Indian journal of veterinary science and animal husbandry - Volume 4,
Year: 1934
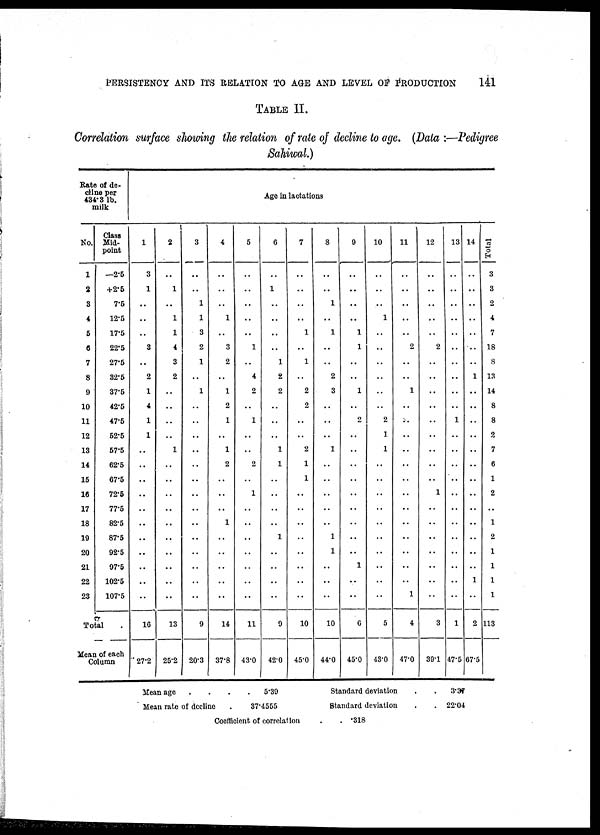
PERSISTENCY AND ITS RELATION TO AGE AND LEVEL OF PRODUCTION
141
TABLE II.
Correlation surface showing the relation of rate of decline to age. (Data :—Pedigree
Sahiwal.)
Rate of de-
cline per
434.3 lb.
milk
No.
1
2
3
4
5
6
7
8
9
10
11
12
13
14
15
16
17
18
19
20
21
22
23
Class
Mid-
point
—2.5
+2.5
7.5
12.5
17.5
22.5
27.5
32.5
37.5
42.5
47.5
52.5
57.5
62.5
67.5
72.5
77.5
82.5
87.5
92.5
97.5
102.5
107.5
Total .
Mean of each
Column
1
3
1
..
..
..
3
..
2
1
4
1
1
..
..
..
..
..
..
..
..
..
..
..
16
27.2
2
..
1
..
1
1
4
3
2
..
..
..
..
1
..
..
..
..
..
..
..
..
..
..
13
25.2
3
..
..
1
1
3
2
1
..
1
..
..
..
..
..
..
..
..
..
..
..
..
..
..
9
20.3
4
..
..
..
1
..
3
2
..
1
2
1
..
1
2
..
..
..
1
..
..
..
..
..
14
37.8
Age in lactations
5
..
..
..
..
..
1
..
4
2
..
1
..
..
2
..
1
..
..
..
..
..
..
..
11
43.0
6
..
1
..
..
..
..
1
2
2
..
..
..
1
1
..
..
..
..
1
..
..
..
..
9
42.0
7
..
..
..
..
1
..
1
..
2
2
..
..
2
1
1
..
..
..
..
..
..
..
..
10
45.0
8
..
..
1
..
1
..
..
2
3
..
..
..
1
..
..
..
..
..
1
1
..
..
..
10
44.0
9
..
..
..
..
1
1
..
..
1
..
2
..
..
..
..
..
..
..
..
..
1
..
..
6
45.0
10
..
..
..
1
..
..
..
..
..
..
2
1
1
..
..
..
..
..
..
..
..
..
..
5
43.0
11
..
..
..
..
..
2
..
..
1
..
..
..
..
..
..
..
..
..
..
..
..
..
1
4
47.0
12
..
..
..
..
..
2
..
..
..
..
..
..
..
..
..
1
..
..
..
..
..
..
..
3
39.1
13
..
..
..
..
..
..
..
..
..
..
1
..
..
..
..
..
..
..
..
..
..
..
..
1
47.5
14
..
..
..
..
..
..
..
..
..
..
..
..
..
..
..
..
..
..
..
..
..
1
..
2
67.5
Total
3
3
2
4
7
18
8
13
14
8
8
2
7
6
1
2
..
1
2
1
1
1
1
113
Mean age
.
.
.
.
5.39
Mean rate of decline
.
37.4555
Coefficient of correlation
Standard deviation
Standard deviation
. . .318
. . 3.37
. . 22.04